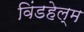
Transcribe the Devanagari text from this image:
विंडहेल्म